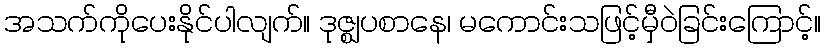
အသက်ကိုပေးနိုင်ပါလျက်။ ဒုဇ္ဈပစာနေ၊ မကောင်းသဖြင့်မှီဝဲခြင်းကြောင့်။